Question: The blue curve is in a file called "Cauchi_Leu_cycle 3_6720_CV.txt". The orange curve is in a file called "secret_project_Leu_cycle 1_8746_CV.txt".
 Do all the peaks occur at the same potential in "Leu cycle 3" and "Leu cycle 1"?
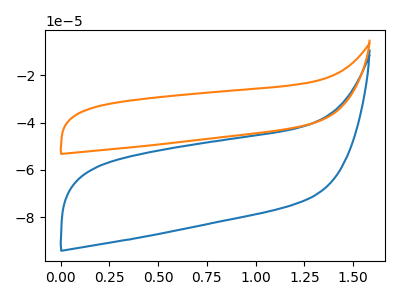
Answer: <think>The blue curve "Leu cycle 3" has no peaks. The orange curve "Leu cycle 1" has no peaks.</think>
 <answer>Niether CV has any peaks.</answer>
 <eval>blanks</eval>